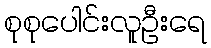
စုစုပေါင်းလူဦးရေ